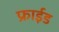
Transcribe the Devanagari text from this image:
फ्राईड